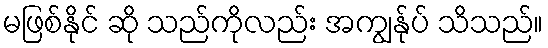
မဖြစ်နိုင် ဆို သည်ကိုလည်း အကျွန်ုပ် သိသည်။